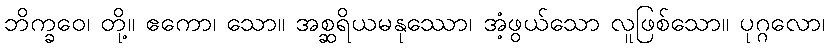
ဘိက္ခဝေ၊ တို့။ ဧကော၊ သော။ အစ္ဆရိယမနုဿော၊ အံ့ဖွယ်သော လူဖြစ်သော။ ပုဂ္ဂလော၊